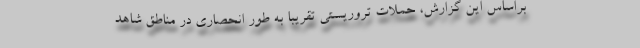
براساس این گزارش، حملات تروریستی تقریبا به طور انحصاری در مناطق شاهد